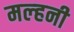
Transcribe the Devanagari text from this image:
मल्‍हनी